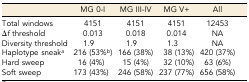
<table><thead><tr><td></td><td><b>MG 0-I</b></td><td><b>MG III-IV</b></td><td><b>MG V+</b></td><td><b>All</b></td></tr></thead><tbody><tr><td>Total windows</td><td>4151</td><td>4151</td><td>4151</td><td>12453</td></tr><tr><td>Δ<i>f</i> threshold</td><td>0.013</td><td>0.018</td><td>0.014</td><td>NA</td></tr><tr><td>Diversity threshold</td><td>1.9</td><td>1.9</td><td>1.3</td><td>NA</td></tr><tr><td>Haplotype sneak<i><sup>a</sup></i></td><td>216 (53%<i><sup>b</sup></i>)</td><td>166 (38%)</td><td>38 (13%)</td><td>420 (37%)</td></tr><tr><td>Hard sweep</td><td>16 (4%)</td><td>15 (4%)</td><td>32 (10%)</td><td>63 (6%)</td></tr><tr><td>Soft sweep</td><td>173 (43%)</td><td>246 (58%)</td><td>237 (77%)</td><td>656 (58%)</td></tr></tbody></table>